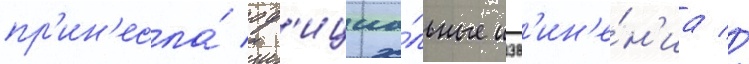
пр'ин'есла́ оф'ициа́льные изв'ин'е́н'иа //